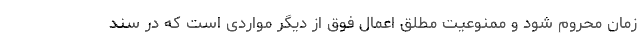
زمان محروم شود و ممنوعیت مطلق اعمال فوق از دیگر مواردی است که در سند